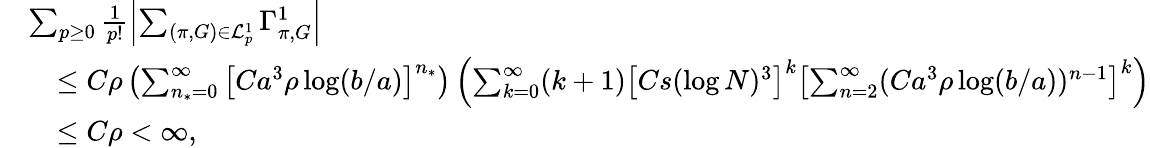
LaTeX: \begin{array}{rl}&{\sum_{p\geq 0}\frac{1}{p!}\left\vert\sum_{(\pi,G)\in\mathcal{L}_{p}^{1}}\Gamma_{\pi,G}^{1}\right\vert}\\ &{\quad\leq C\rho\left(\sum_{n_{*}=0}^{\infty}\left[Ca^{3}\rho\log(b/a)\right]^{n_{*}}\right)\left(\sum_{k=0}^{\infty}(k+1)\left[Cs(\log N)^{3}\right]^{k}\left[\sum_{n=2}^{\infty}(Ca^{3}\rho\log(b/a))^{n-1}\right]^{k}\right)}\\ &{\quad\leq C\rho<\infty,}\end{array}